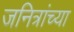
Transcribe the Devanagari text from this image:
जनित्रांच्या